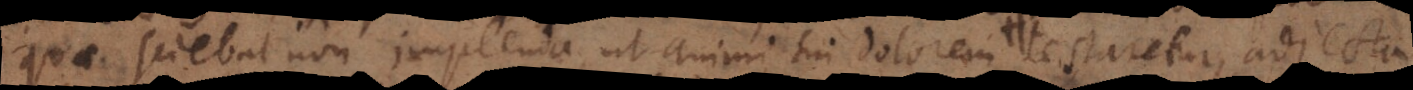
uae sciebat non implenda, ut animi sui dolorem et naturae